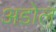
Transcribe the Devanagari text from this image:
अडोल्